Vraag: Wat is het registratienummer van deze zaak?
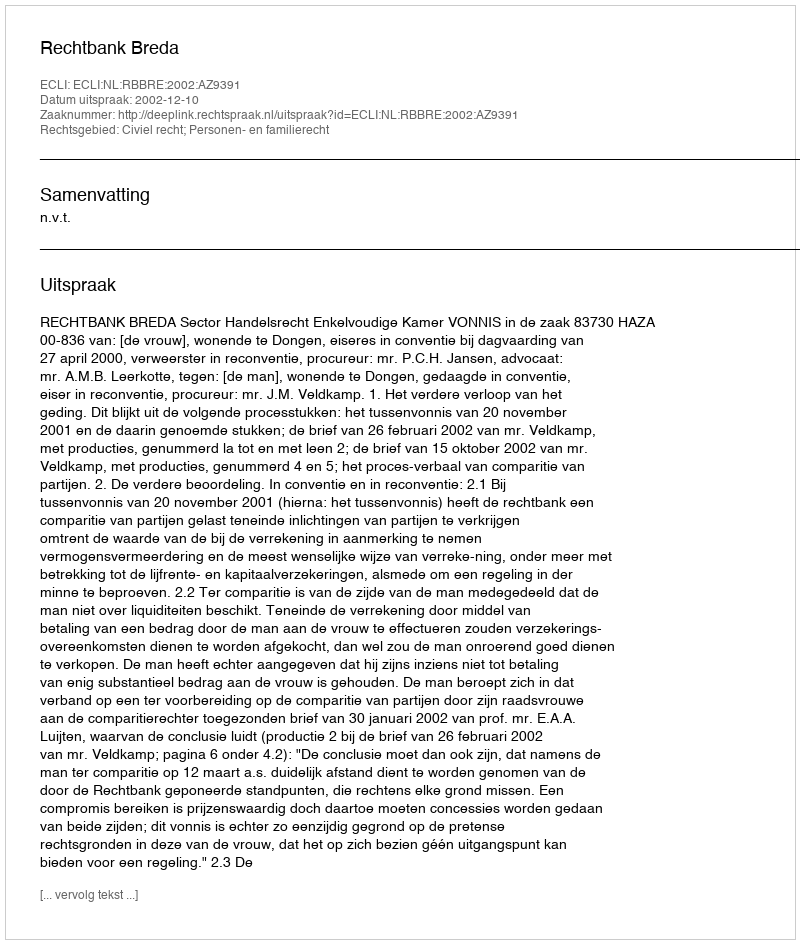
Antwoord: http://deeplink.rechtspraak.nl/uitspraak?id=ECLI:NL:RBBRE:2002:AZ9391